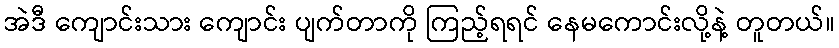
အဲဒီ ကျောင်းသား ကျောင်း ပျက်တာကို ကြည့်ရရင် နေမကောင်းလို့နဲ့ တူတယ်။